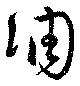
凋